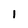
Character: 1